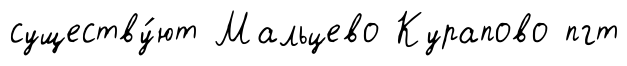
существу́ют Мальцево Курапово пгт